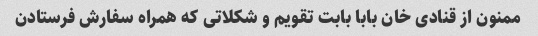
ممنون از قنادی خان بابا بابت تقویم و شکلاتی که همراه سفارش فرستادن